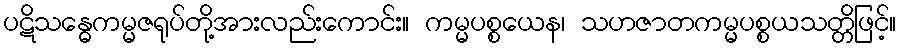
ပဋိသန္ဓေကမ္မဇရုပ်တို့အားလည်းကောင်း။ ကမ္မပစ္စယေန၊ သဟဇာတကမ္မပစ္စယသတ္တိဖြင့်။